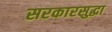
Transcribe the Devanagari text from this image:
सरकारसुद्धा